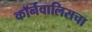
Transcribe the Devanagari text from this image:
कॉर्नवालिसचा